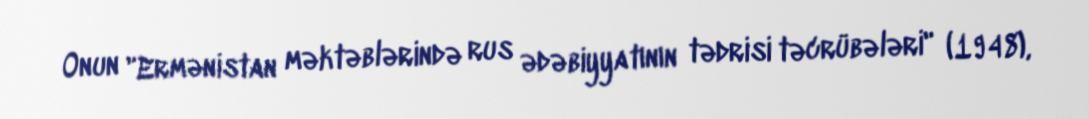
Onun "Ermənistan məktəblərində rus ədəbiyyatının tədrisi təcrübələri" (1948),